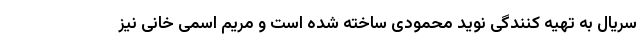
سریال به تهیه کنندگی نوید محمودی ساخته شده است و مریم اسمی خانی نیز